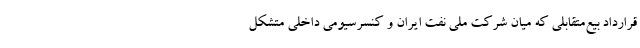
قرارداد بیع‌متقابلی که میان شرکت ملی نفت ایران و کنسرسیومی داخلی متشکل